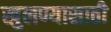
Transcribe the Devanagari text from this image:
खुलण्यासाठी